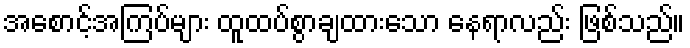
အစောင့်အကြပ်များ ထူထပ်စွာချထားသော နေရာလည်း ဖြစ်သည်။